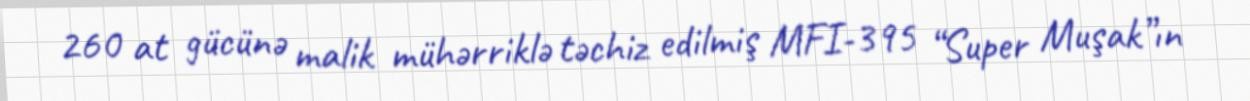
260 at gücünə malik mühərriklə təchiz edilmiş MFI-395 “Super Muşak”ın